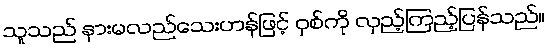
သူသည် နားမလည်သေးဟန်ဖြင့် ဝှစ်ကို လှည့်ကြည့်ပြန်သည်။